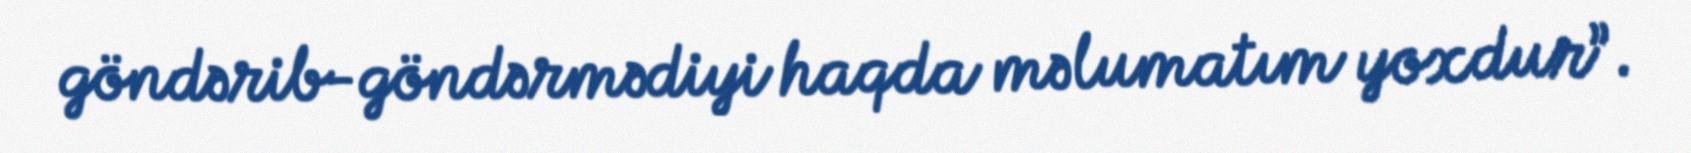
göndərib-göndərmədiyi haqda məlumatım yoxdur”.